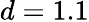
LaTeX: d=1.1